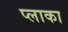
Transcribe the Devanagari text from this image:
प्लाका